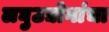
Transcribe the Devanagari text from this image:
लघुउद्योगांचा